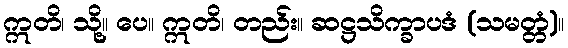
ဣတိ၊ သို့။ ပေ။ ဣတိ၊ တည်း။ ဆဋ္ဌသိက္ခာပဒံ (သမတ္တံ)။